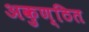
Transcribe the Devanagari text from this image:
अकुण्ठित